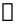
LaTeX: \mathbb{m}